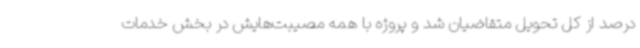
درصد از کل تحویل متقاضیان شد و پروژه با همه مصیبت‌هایش در بخش خدمات